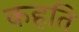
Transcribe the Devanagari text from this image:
कहति